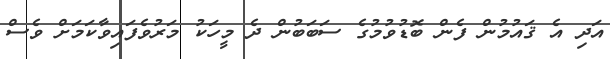
އަދި އެ ޤައުމުން ފެން ބޮޑުވުމުގެ ސަބަބުން ދެ މީހަކު މަރުވެފައިވާކަމަށް ވެސް